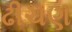
ઢીચણ